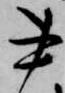
書